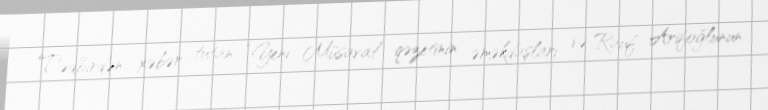
Tədbirdən xəbər tutan “Yeni Müsavat” qəzetinin əməkdaşları və Rauf Arifoğlunun